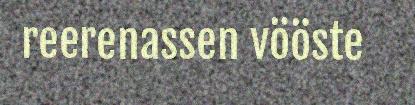
reerenassen vööste